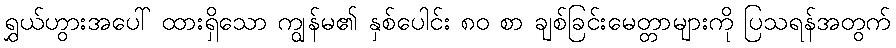
ရွှယ်ဟွားအပေါ် ထားရှိသော ကျွန်မ၏ နှစ်ပေါင်း ၈၀ စာ ချစ်ခြင်းမေတ္တာများကို ပြသရန်အတွက်